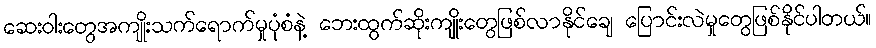
ဆေးဝါးတွေအကျိုးသက်ရောက်မှုပုံစံနဲ့ ဘေးထွက်ဆိုးကျိုးတွေဖြစ်လာနိုင်ချေ ပြောင်းလဲမှုတွေဖြစ်နိုင်ပါတယ်။